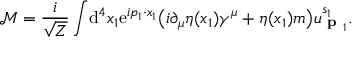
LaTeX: { \mathcal { M } } = { \frac { i } { \sqrt { Z } } } \int \! \mathrm { d } ^ { 4 } x _ { 1 } \mathrm { e } ^ { i p _ { 1 } \cdot x _ { 1 } } { \big ( } i \partial _ { \mu } \eta ( x _ { 1 } ) \gamma ^ { \mu } + \eta ( x _ { 1 } ) m { \big ) } u _ { { \textbf { p } } _ { 1 } } ^ { s _ { 1 } } .